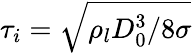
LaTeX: \tau_{i}=\sqrt{\rho_{l}D_{0}^{3}/8\sigma}